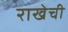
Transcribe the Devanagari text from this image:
राखेची